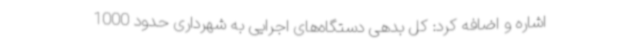
اشاره و اضافه کرد: کل بدهی دستگاه‌های اجرایی به شهرداری حدود 1000